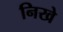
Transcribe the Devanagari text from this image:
निखे